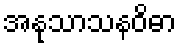
အနုသာသနဝိဓာ